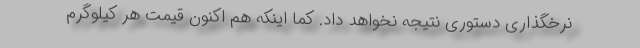
نرخگذاری دستوری نتیجه نخواهد داد. کما اینکه هم اکنون قیمت هر کیلوگرم